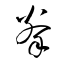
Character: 拳